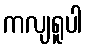
ကလျရူပါ